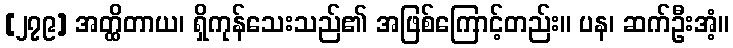
[၂၇၉] အတ္ထိတာယ၊ ရှိကုန်သေးသည်၏ အဖြစ်ကြောင့်တည်း။ ပန၊ ဆက်ဦးအံ့။